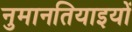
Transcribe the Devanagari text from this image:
नुमानतियाइयों